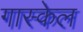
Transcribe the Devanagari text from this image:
गास्केल